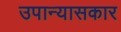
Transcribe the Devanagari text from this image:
उपान्यासकार